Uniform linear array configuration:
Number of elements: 24
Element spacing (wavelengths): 0.5
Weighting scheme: blackman
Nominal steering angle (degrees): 45
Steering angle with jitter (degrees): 44.891
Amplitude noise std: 0.05
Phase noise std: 0.05

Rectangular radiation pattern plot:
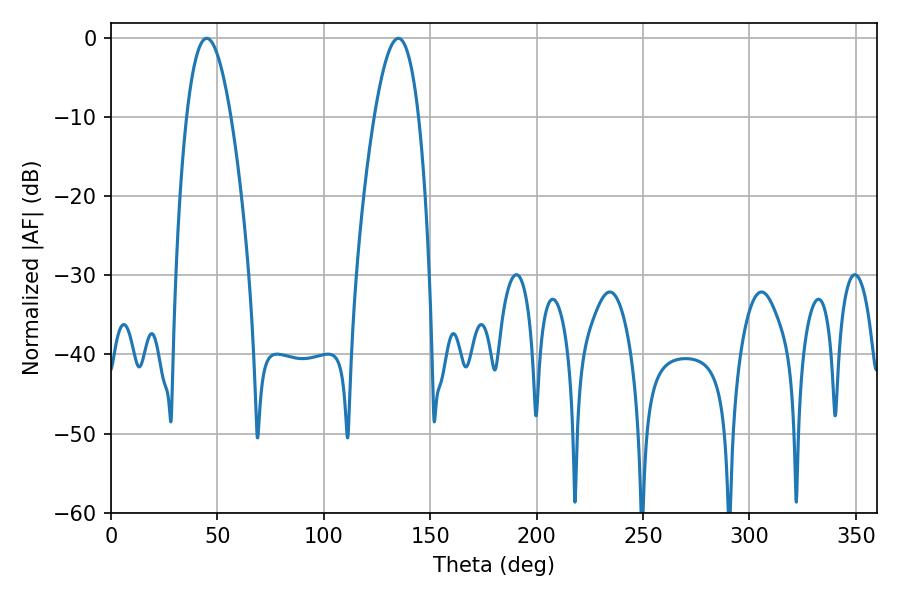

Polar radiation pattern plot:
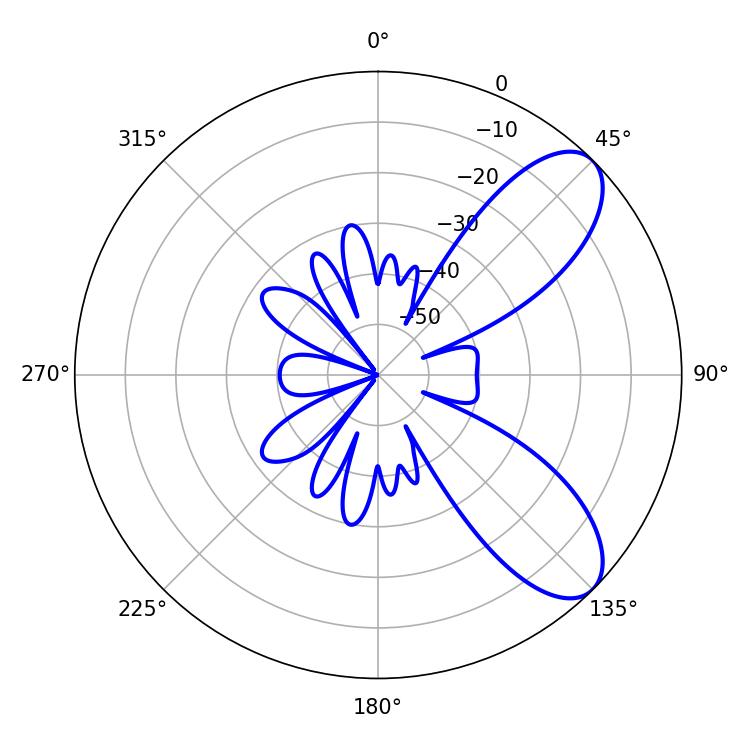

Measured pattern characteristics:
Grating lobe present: FALSE
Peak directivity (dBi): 8.176
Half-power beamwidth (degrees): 11.34
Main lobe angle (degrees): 45